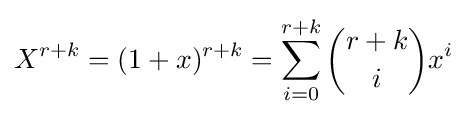
X^{r+k}=(1+x)^{r+k}=\sum _{i=0}^{r+k}{\binom {r+k}{i}}x^{i}